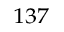
^ { 1 3 7 }